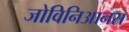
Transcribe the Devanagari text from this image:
जोविनिआनस